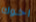
اخوك